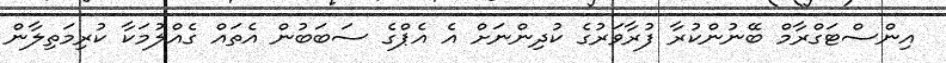
އިންސްޓަގްރާމް ބޭނުންކުރާ ފުރާވަރުގެ ކުދިންނަށް އެ އެޕްގެ ސަބަބުން އެތައް ގެއްލުމަކާ ކުރިމަތިލާން